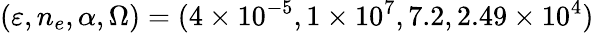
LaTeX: (\varepsilon,n_{e},\alpha,\Omega)=(4\times 10^{-5},1\times 10^{7},7.2,2.49\times 10^{4})